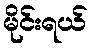
မိုင်းရယ်